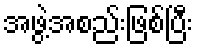
အဖွဲ့အစည်းဖြစ်ပြီး